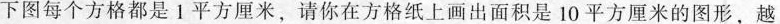
下图每个方格都是1平方厘米，请你在方格纸上画出面积是10平方厘米的图形，越